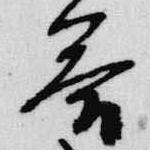
答